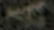
A